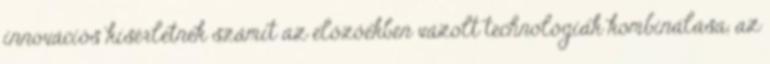
innovációs kísérletnek számít az előzőekben vázolt technológiák kombinálása, az